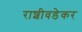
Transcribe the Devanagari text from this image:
राशीवडेकर